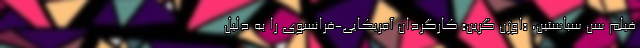
فیلم سن سباستین، «اوژن گرین» کارگردان آمریکایی-فرانسوی را به دلیل